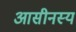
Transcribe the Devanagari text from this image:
आसीनस्य